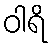
ဝါရိ